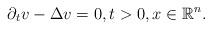
LaTeX: \begin{align*} \partial_t v - \Delta v = 0, t>0,x\in \mathbb{R}^n.\end{align*}